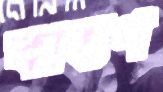
কাহণ